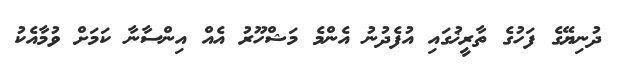
ދުނިޔޭގެ ފަހުގެ ތާރީޚުގައި އުފެދުނު އެންމެ މަޝްހޫރު އެއް އިންސާނާ ކަމަށް ވުމާއެކު